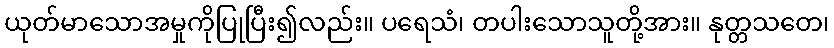
ယုတ်မာသောအမှုကိုပြုပြီး၍လည်း။ ပရေသံ၊ တပါးသောသူတို့အား။ နုတ္တသတေ၊